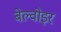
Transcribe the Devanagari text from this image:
बेल्वोइर